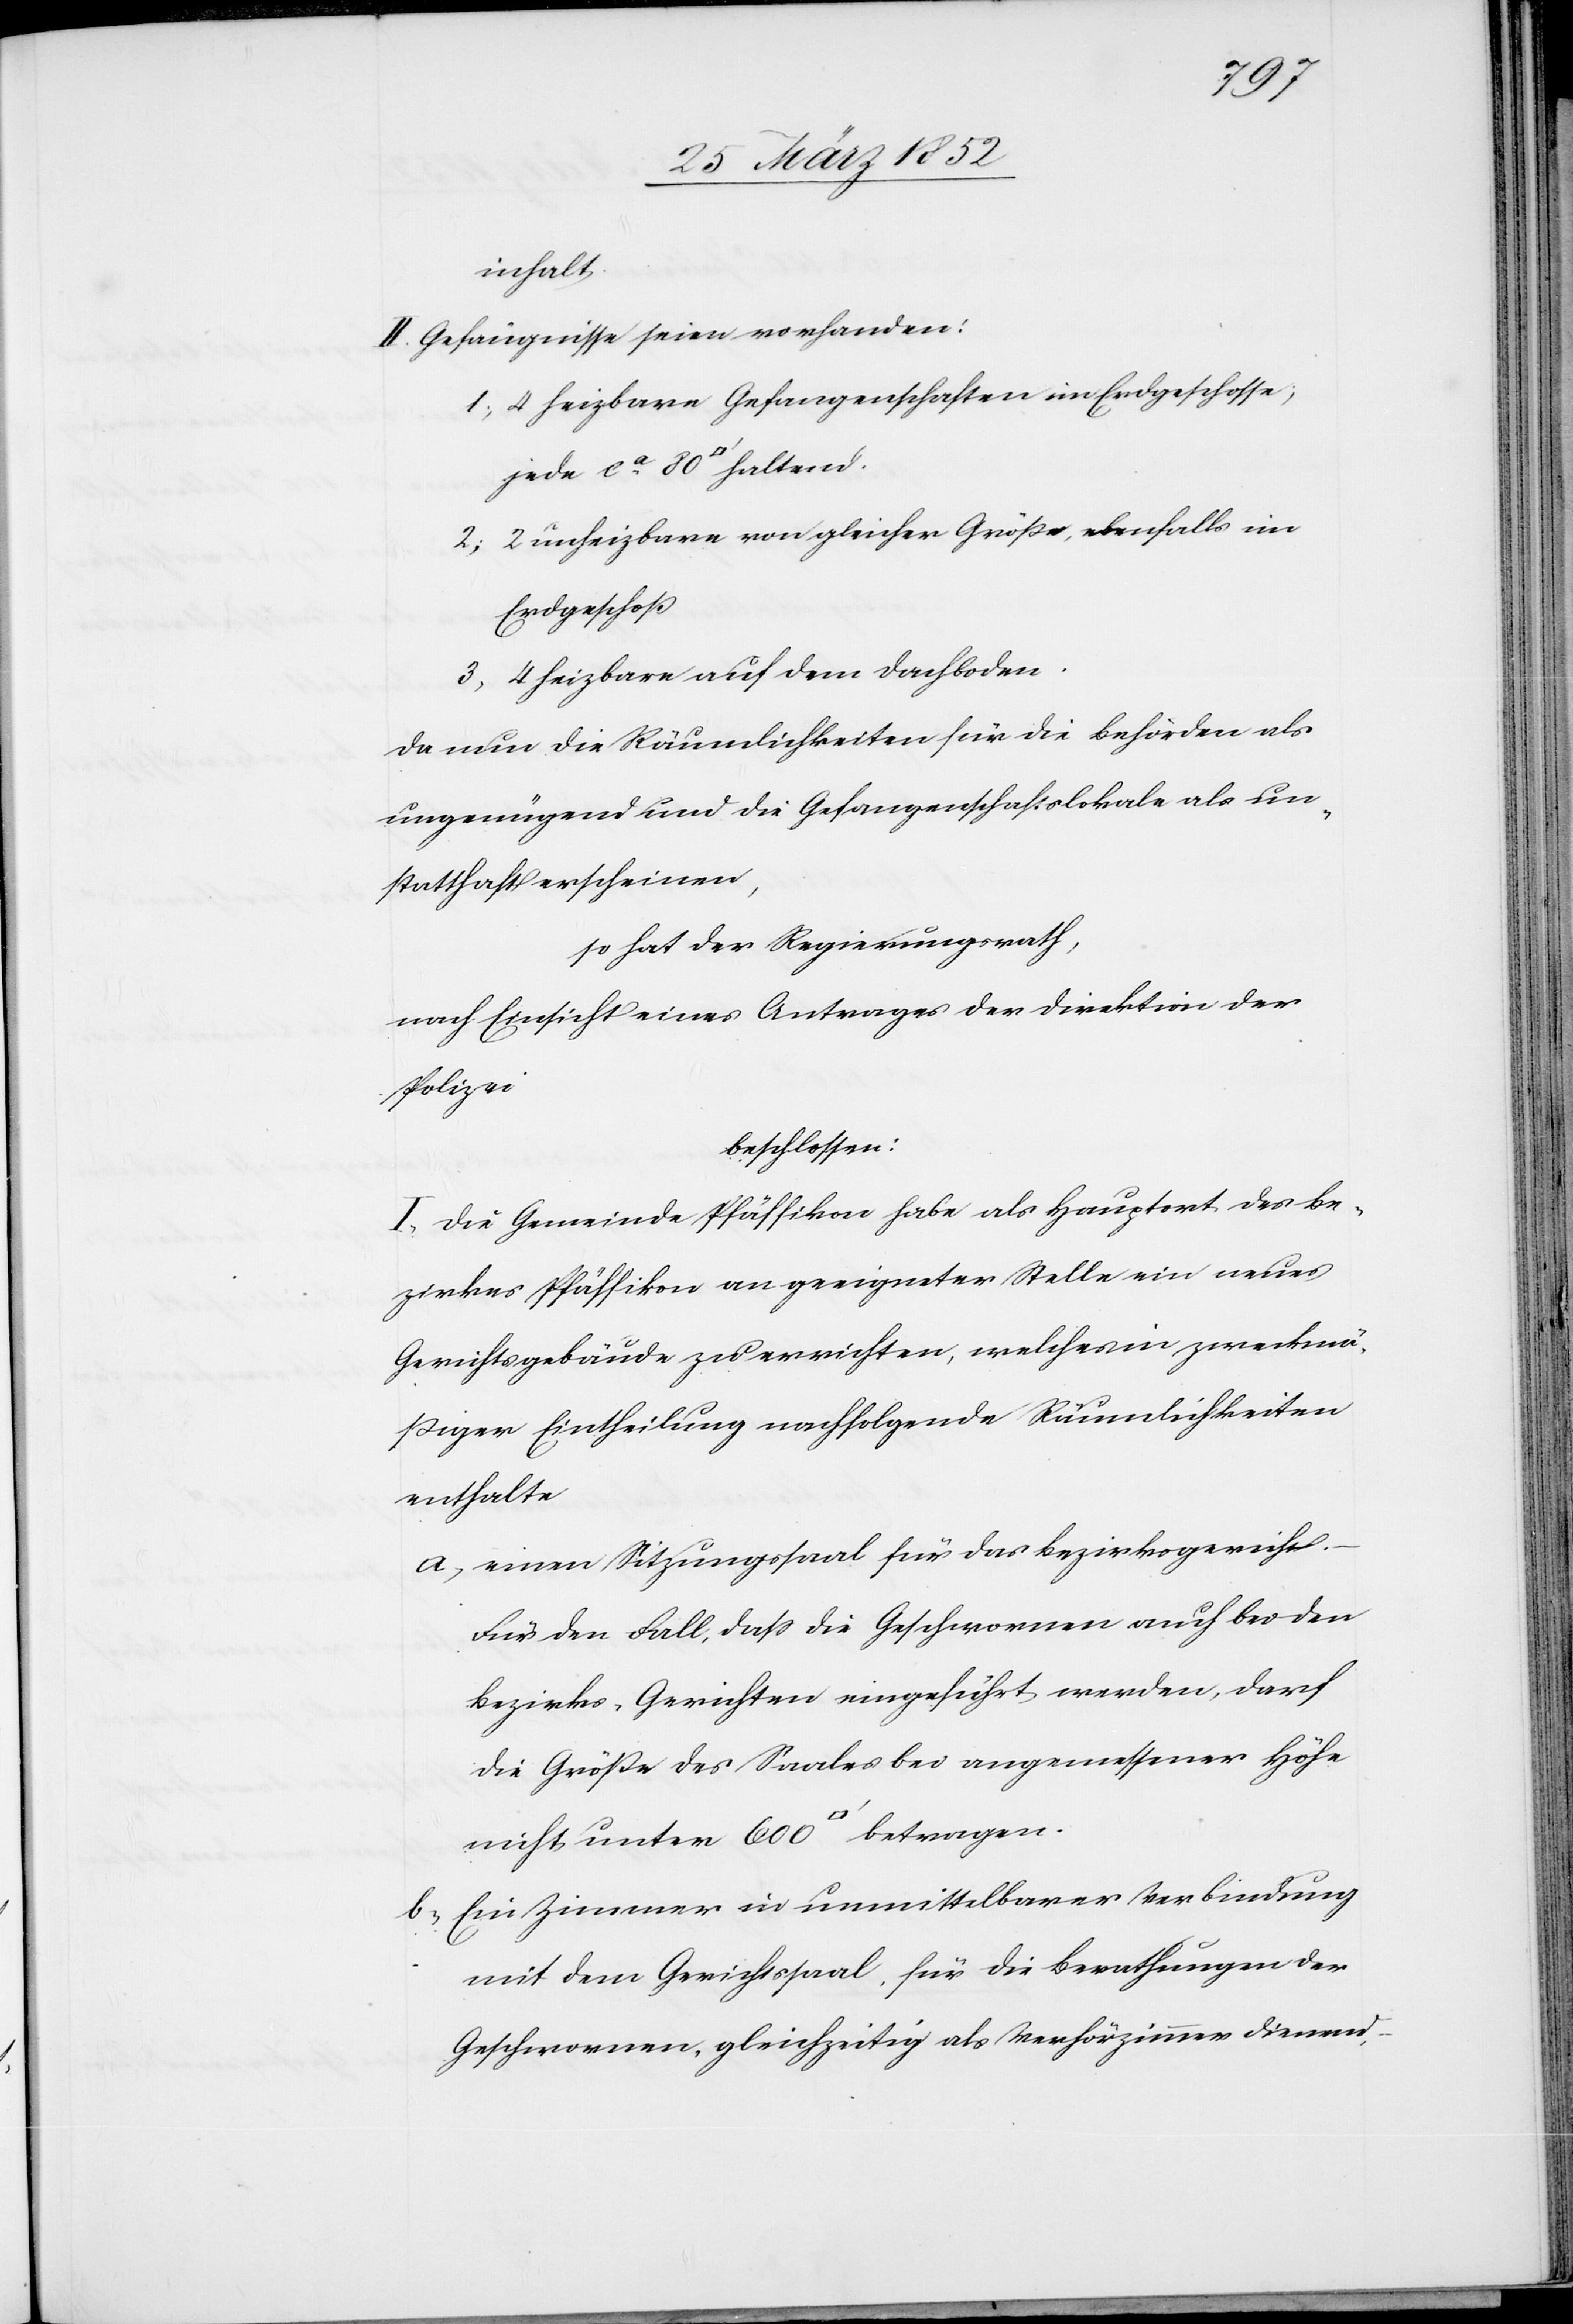
600
inhalt.
II. Gefängnisse seien vorhanden:
1) 4 heizbare Gefangenschaften im Erdgeschosse,
2) 2 unheizbare von gleicher Größe, ebenfalls im
Erdgeschoß
3) 4 heizbare auf dem Dachboden.
Da nun die Räumlichkeiten für die Behörden als
ungenügend und die Gefangenschaftslokale als un¬
statthaft erscheinen,
so hat der Regierungsrath,
nach Einsicht eines Antrages der Direktion der
Polizei
beschlossen:
I. Die Gemeinde Pfäffikon habe als Hauptort des Be¬
zirkes Pfäffikon an geeigneter Stelle ein neues
Gerichtsgebäude zu errichten, welches in zweckmä¬
ßiger Eintheilung nachfolgende Räumlichkeiten
enthalte
einen Sitzungssaal für das Bezirksgericht.
Für den Fall, daß die Geschwornen auch bei den
Bezirks-Gerichten eingeführt werden, darf
die Größe des Saales bei angemessener Höhe
Ein Zimmer in unmittelbarer Verbindung
mit dem Gerichtssaal, für die Berathungen der
Geschwornen, gleichzeitig als Verhörzimmer dienend,